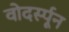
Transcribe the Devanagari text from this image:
वोदर्स्पून